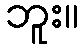
ဘူး။